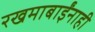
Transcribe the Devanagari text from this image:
रखमाबाईंनाही